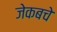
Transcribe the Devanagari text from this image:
जेकबचे